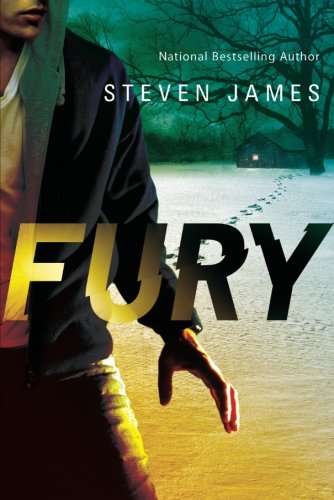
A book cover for Fury (Blur Trilogy); Steven James; Teen & Young Adult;